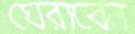
ঘেরাবেন